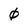
Character: 0